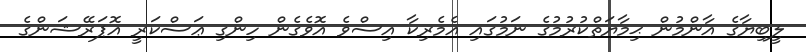
ލީބިޔާގެ އާންމުން ޙިމާޔަތްކުރުމުގެ ނަމުގައި އެމެރިކާ އިސްވެ އޮވެގެން ހިންގި ޢަސްކަރީ އޮޕަރޭޝަންގެ